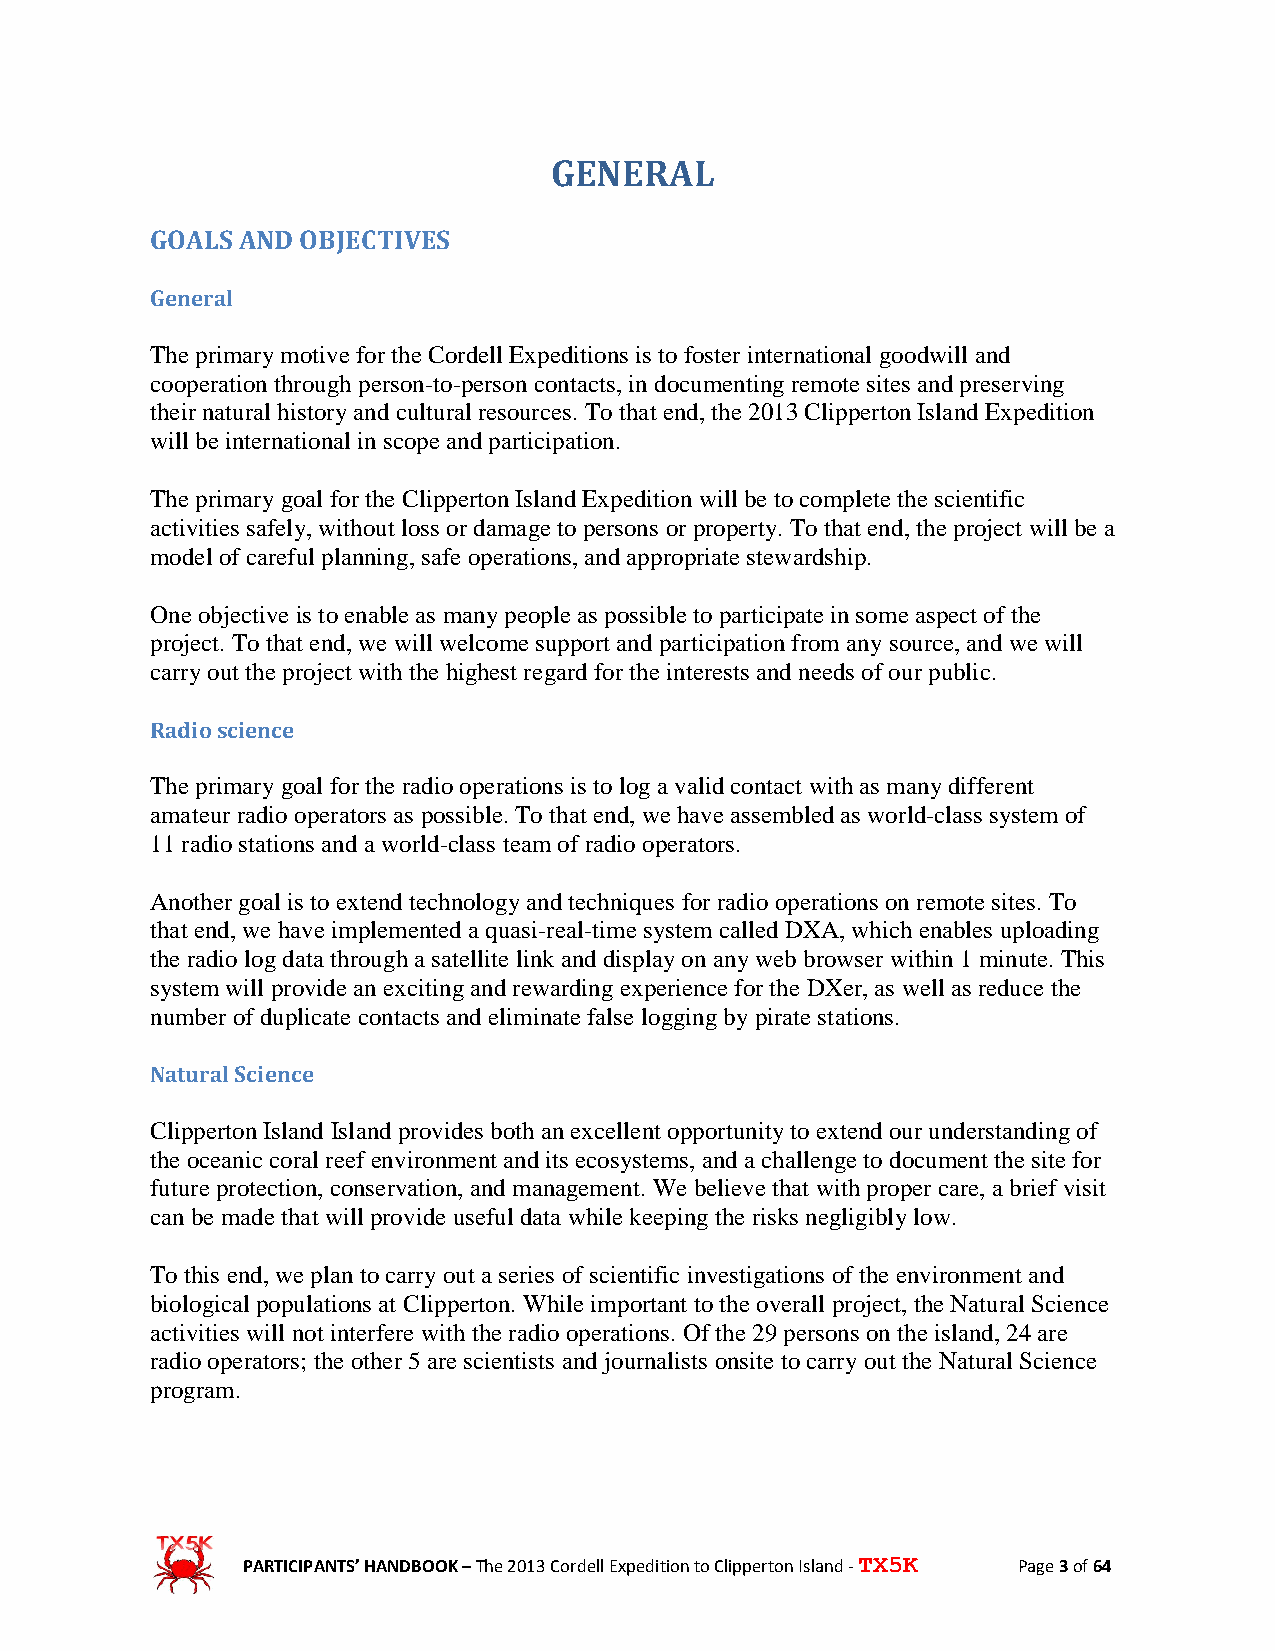
GENERAL
 GOALS AND OBJECTIVES
 General
 The primary motive for the Cordell Expeditions is to foster international goodwill and
 cooperation through person-to-person contacts, in documenting remote sites and preserving
 their natural history and cultural resources. To that end, the 2013 Clipperton Island Expedition
 will be international in scope and participation.
 The primary goal for the Clipperton Island Expedition will be to complete the scientific
 activities safely, without loss or damage to persons or property. To that end, the project will be a
 model of careful planning, safe operations, and appropriate stewardship.
 One objective is to enable as many people as possible to participate in some aspect of the
 project. To that end, we will welcome support and participation from any source, and we will
 carry out the project with the highest regard for the interests and needs of our public.
 Radio science
 The primary goal for the radio operations is to log a valid contact with as many different
 amateur radio operators as possible. To that end, we have assembled as world-class system of
 11 radio stations and a world-class team of radio operators.
 Another goal is to extend technology and techniques for radio operations on remote sites. To
 that end, we have implemented a quasi-real-time system called DXA, which enables uploading
 the radio log data through a satellite link and display on any web browser within 1 minute. This
 system will provide an exciting and rewarding experience for the DXer, as well as reduce the
 number of duplicate contacts and eliminate false logging by pirate stations.
 Natural Science
 Clipperton Island Island provides both an excellent opportunity to extend our understanding of
 the oceanic coral reef environment and its ecosystems, and a challenge to document the site for
 future protection, conservation, and management. We believe that with proper care, a brief visit
 can be made that will provide useful data while keeping the risks negligibly low.
 To this end, we plan to carry out a series of scientific investigations of the environment and
 biological populations at Clipperton. While important to the overall project, the Natural Science
 activities will not interfere with the radio operations. Of the 29 persons on the island, 24 are
 radio operators; the other 5 are scientists and journalists onsite to carry out the Natural Science
 program.
 PARTICIPANTS’ HANDBOOK – The 2013 Cordell Expedition to Clipperton Island - TX5K Page 3 of 64